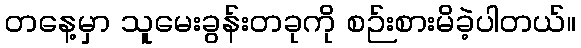
တနေ့မှာ သူမေးခွန်းတခုကို စဉ်းစားမိခဲ့ပါတယ်။